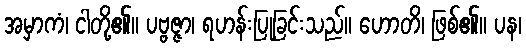
အမှာကံ၊ ငါတို့၏။ ပဗ္ဗဇ္ဇာ၊ ရဟန်းပြုခြင်းသည်။ ဟောတိ၊ ဖြစ်၏။ ပန၊